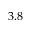
3 . 8